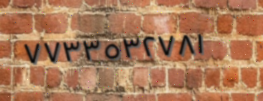
٧٧٣٣٥٣٢٧٨١